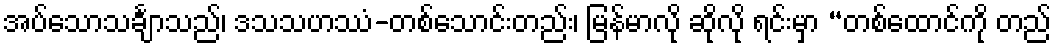
အပ်သောသင်္ချာသည်၊ ဒသသဟဿံ-တစ်သောင်းတည်း၊ မြန်မာလို ဆိုလို ရင်းမှာ “တစ်ထောင်ကို တည်